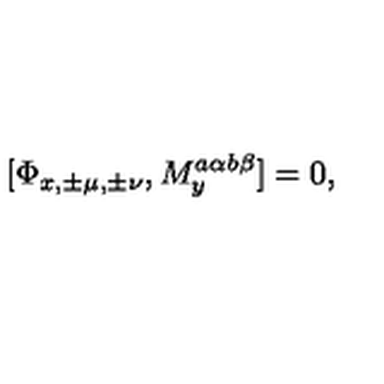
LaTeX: [ \Phi _ { x , \pm \mu , \pm \nu } , M _ { y } ^ { a \alpha b \beta } ] = 0 ,